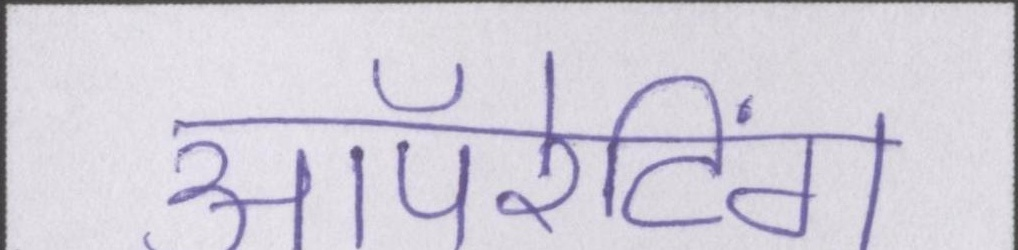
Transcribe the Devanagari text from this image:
ऑपरेटिंग